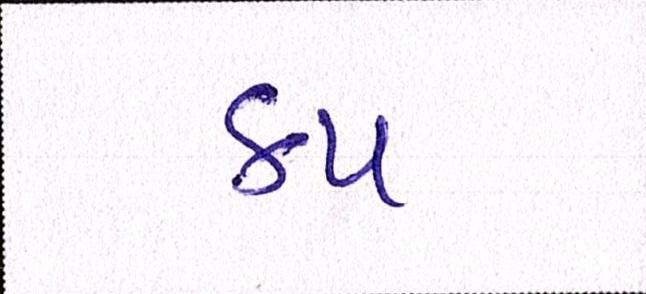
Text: કપ